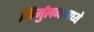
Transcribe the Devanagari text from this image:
निर्मुलनामध्ये